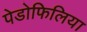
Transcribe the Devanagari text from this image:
पेडोफिलिया